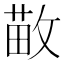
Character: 𫿁